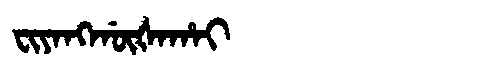
Manchu: ᠸᡳᠶᠠᠩᡤᡡᡧᠠᡥᠠᡳ
Romanization: FIYANGGŪŠAHAI